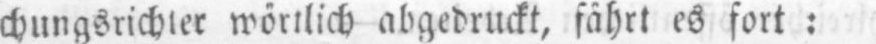
chungsrichter wörtlich abgedruckt, fährt es fort: